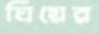
ঘিয়ের